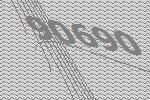
90690